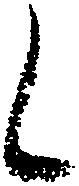
候